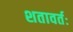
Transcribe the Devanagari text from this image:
शतावर्तः